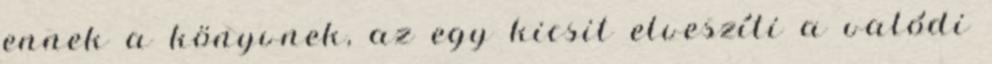
ennek a könyvnek, az egy kicsit elveszíti a valódi